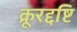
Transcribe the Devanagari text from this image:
क्रूरद्दष्टि